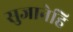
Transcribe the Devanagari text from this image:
सुजानेहि